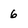
Character: 6